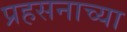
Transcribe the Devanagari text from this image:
प्रहसनाच्या